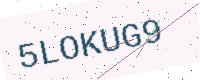
Text: 5LOKUG9